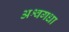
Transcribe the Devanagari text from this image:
अश्वगधा